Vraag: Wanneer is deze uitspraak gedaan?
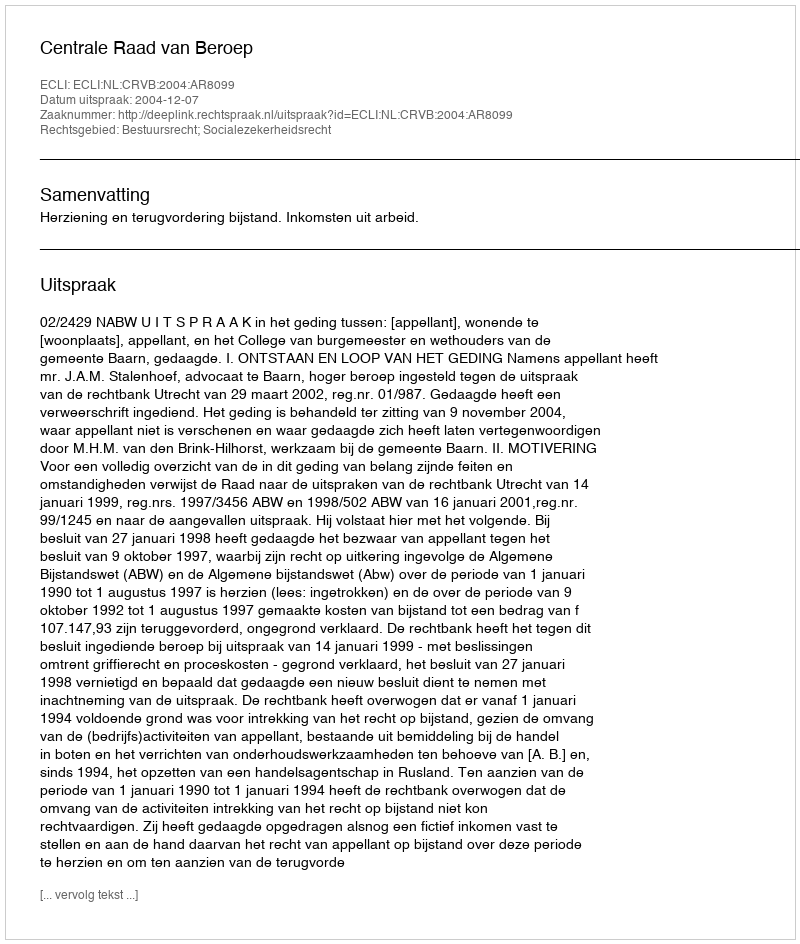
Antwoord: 2004-12-07